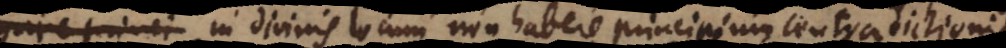
princi in divinis locum non habere principium contradictionis,